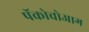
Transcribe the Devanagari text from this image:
पॅकोचोआग